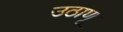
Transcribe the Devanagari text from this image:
उठाणू